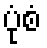
ပုံစံ